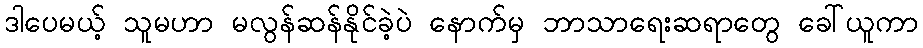
ဒါပေမယ့် သူမဟာ မလွန်ဆန်နိုင်ခဲ့ပဲ နောက်မှ ဘာသာရေးဆရာတွေ ခေါ်ယူကာ